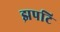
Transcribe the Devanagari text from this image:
झपटि